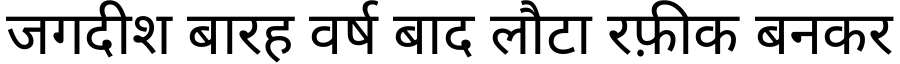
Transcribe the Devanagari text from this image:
जगदीश बारह वर्ष बाद लौटा रफ़ीक बनकर